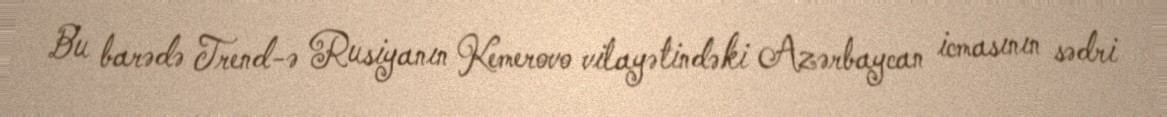
Bu barədə Trend-ə Rusiyanın Kemerovo vilayətindəki Azərbaycan icmasının sədri